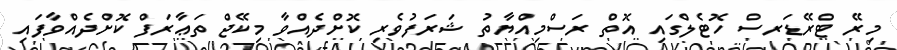
މިރޭ ޓްރޭޑަރސް ހޮޓެލްގައި އޮތް ރަސްމިއްޔާތު ޝަރަފުވެރި ކޮށްދެއްވާ މިކޭޖް ތަޢާރަފް ކޮށްދެއްވާފައި